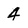
Character: 4